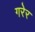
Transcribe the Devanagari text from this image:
गरेर